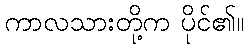
ကာလသားတို့က ပိုင်၏။